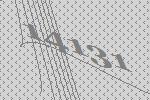
14131